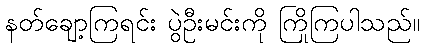
နတ်ချော့ကြရင်း ပွဲဦးမင်းကို ကြိုကြပါသည်။